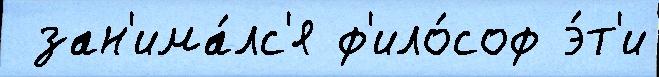
 зан'има́лс'я ф'ило́соф э́т'и